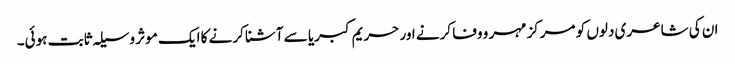
ان کی شاعری دلوں کو مرکز مہر و وفا کرنے اور حریم کبریا سے آشنا کرنے کا ایک موثر وسیلہ ثابت ہوئی۔